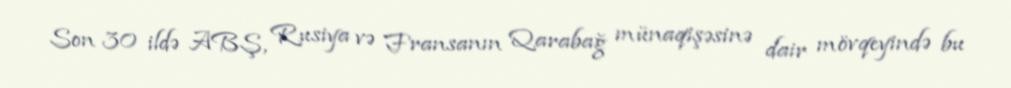
Son 30 ildə ABŞ, Rusiya və Fransanın Qarabağ münaqişəsinə dair mövqeyində bu